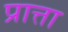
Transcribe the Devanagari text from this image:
प्रात्ता